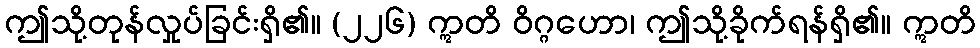
ဤသို့တုန်လှုပ်ခြင်းရှိ၏။ (၂၂၆) ဣတိ ဝိဂ္ဂဟော၊ ဤသို့ခိုက်ရန်ရှိ၏။ ဣတိ